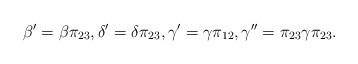
\begin{align*} \beta' = \beta \pi_{23}, \delta' = \delta \pi_{23}, \gamma' = \gamma \pi_{12}, \gamma'' = \pi_{23} \gamma \pi_{23}.\end{align*}